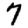
Digit: 7